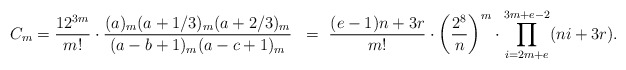
\begin{align*}C_m &= \frac{12^{3m}}{m!}\cdot\frac{(a)_m(a+1/3)_m(a+2/3)_m}{(a-b+1)_m(a-c+1)_m} &=\ \frac{(e-1)n+3r}{m!}\cdot\left(\frac{2^8}{n}\right)^m\cdot \prod_{i=2m+e}^{3m+e-2}(ni+3r).\end{align*}